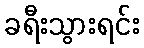
ခရီးသွားရင်း